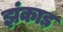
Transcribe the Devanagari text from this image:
झंकाड़